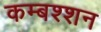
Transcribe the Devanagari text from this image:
कम्बश्शन